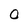
Character: 0